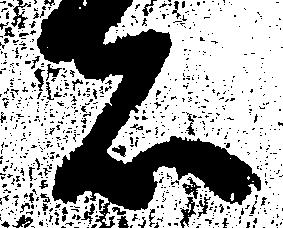
者